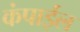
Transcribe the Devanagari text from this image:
कंपाईल